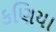
કણિયા